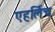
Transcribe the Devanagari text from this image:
एहर्लिच